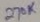
Text: 270K